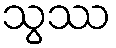
သွဿ